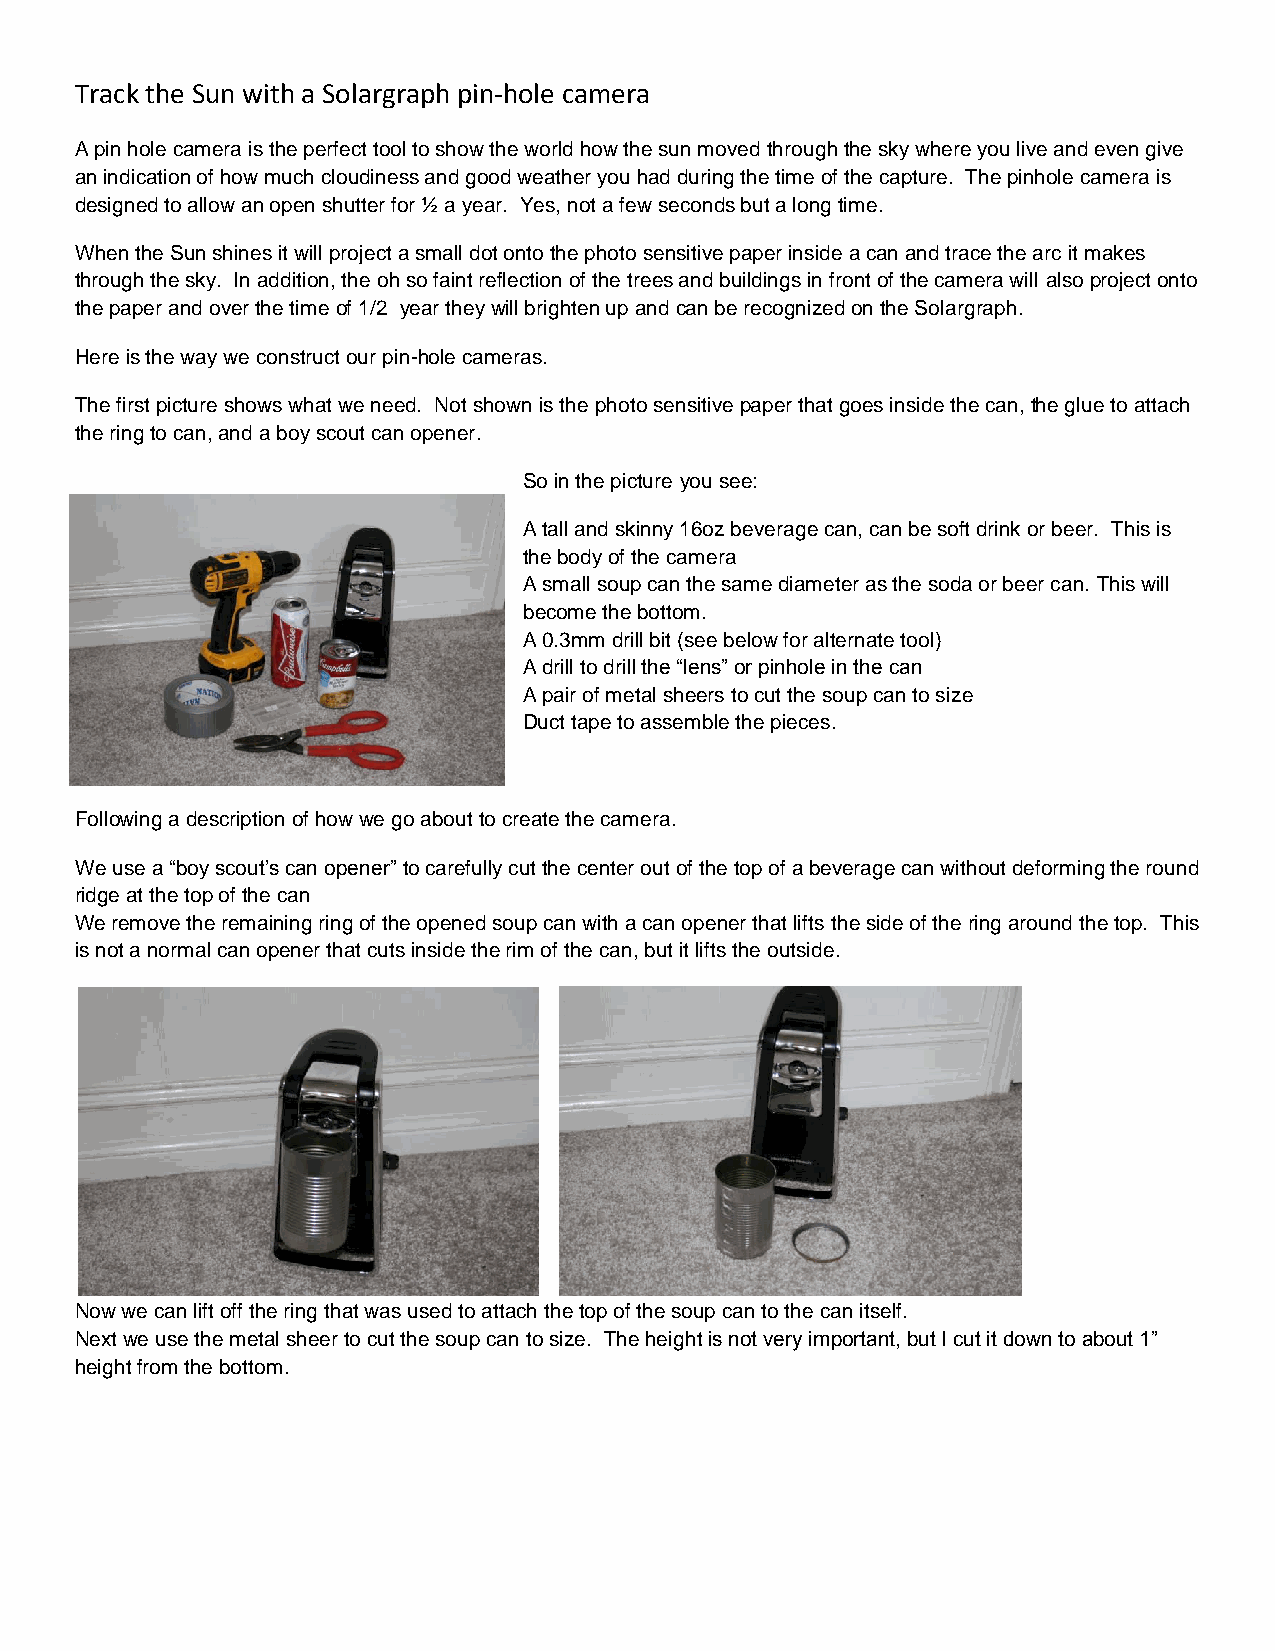
Track the Sun with a Solargraph pin-hole camera
 A pin hole camera is the perfect tool to show the world how the sun moved through the sky where you live and even give
 an indication of how much cloudiness and good weather you had during the time of the capture. The pinhole camera is
 designed to allow an open shutter for ½ a year. Yes, not a few seconds but a long time.
 When the Sun shines it will project a small dot onto the photo sensitive paper inside a can and trace the arc it makes
 through the sky. In addition, the oh so faint reflection of the trees and buildings in front of the camera will also project onto
 the paper and over the time of 1/2 year they will brighten up and can be recognized on the Solargraph.
 Here is the way we construct our pin-hole cameras.
 The first picture shows what we need. Not shown is the photo sensitive paper that goes inside the can, the glue to attach
 the ring to can, and a boy scout can opener.
 So in the picture you see:
 A tall and skinny 16oz beverage can, can be soft drink or beer. This is
 the body of the camera
 A small soup can the same diameter as the soda or beer can. This will
 become the bottom.
 A 0.3mm drill bit (see below for alternate tool)
 A drill to drill the “lens” or pinhole in the can
 A pair of metal sheers to cut the soup can to size
 Duct tape to assemble the pieces.
 Following a description of how we go about to create the camera.
 We use a “boy scout’s can opener” to carefully cut the center out of the top of a beverage can without deforming the round
 ridge at the top of the can
 We remove the remaining ring of the opened soup can with a can opener that lifts the side of the ring around the top. This
 is not a normal can opener that cuts inside the rim of the can, but it lifts the outside.
 Now we can lift off the ring that was used to attach the top of the soup can to the can itself.
 Next we use the metal sheer to cut the soup can to size. The height is not very important, but I cut it down to about 1”
 height from the bottom.